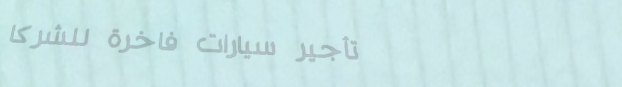
تأجير سيارات فاخرة للشركا